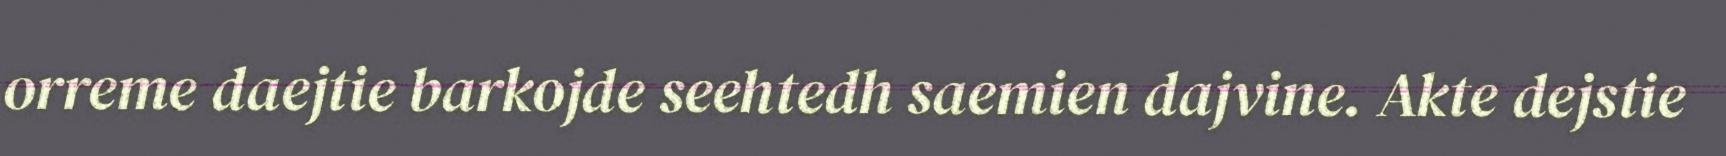
orreme daejtie barkojde seehtedh saemien dajvine. Akte dejstie